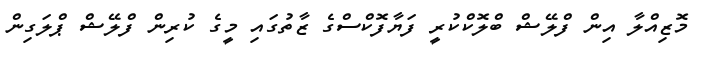
މޮޒިއްލާ އިން ފްލޭޝް ބްލޮކްކުރީ ފަޔާފޮކްސްގެ ޒާތުގައި މީގެ ކުރިން ފްލޭޝް ޕްލަގިން